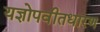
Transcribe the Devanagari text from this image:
यज्ञोपवीतधारण